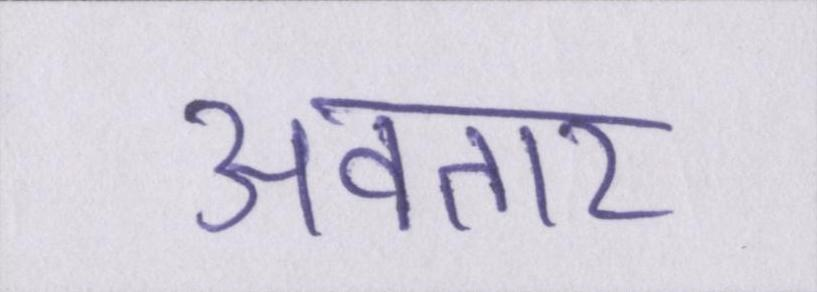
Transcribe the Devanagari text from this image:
अवतार